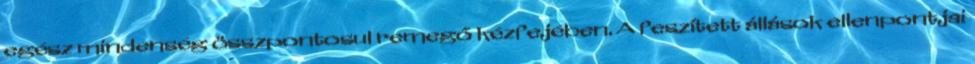
egész mindenség összpontosul remegő kézfejében. A feszített állások ellenpontjai